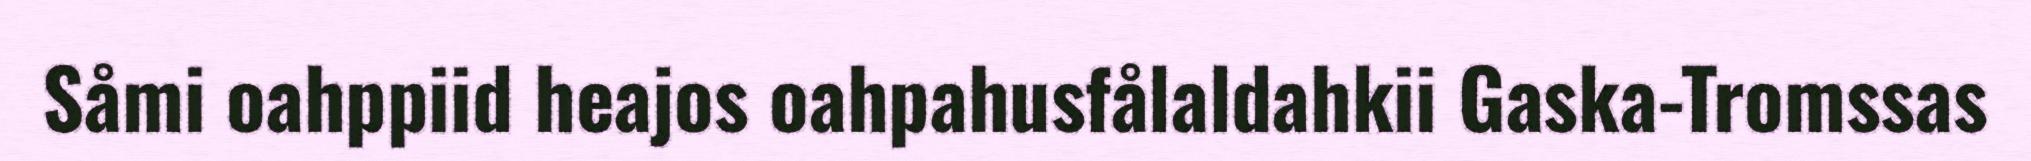
Såmi oahppiid heajos oahpahusfålaldahkii Gaska-Tromssas